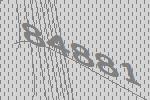
84881